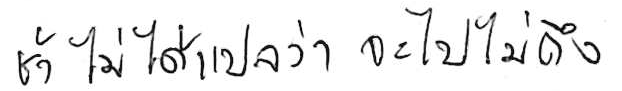
ช้า ไม่ได้แปลว่า จะไปไม่ถึง